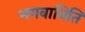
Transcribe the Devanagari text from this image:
भगवानिति